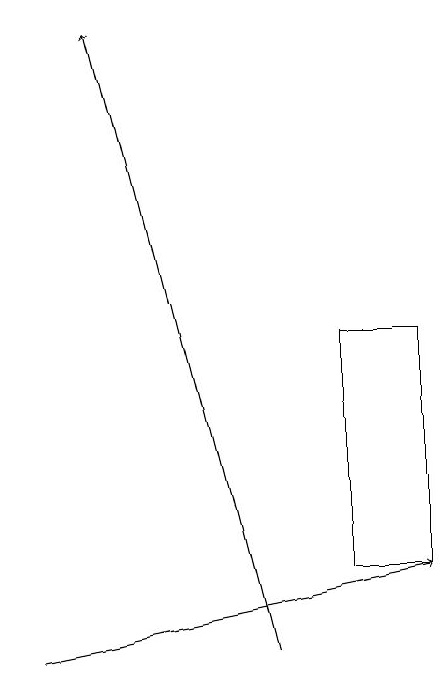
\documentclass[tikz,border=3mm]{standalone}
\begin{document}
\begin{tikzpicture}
\draw[->] (5,11) -- (3,19);
\draw[->] (2,11) -- (7,12);
\draw (6,12) rectangle (7,15);
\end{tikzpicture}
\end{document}